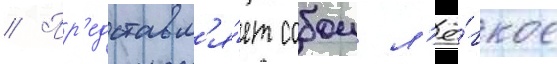
// Пр'едставл'я́ет собои л'ё́гкое